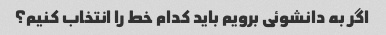
اگر به دانشوئی برویم باید کدام خط را انتخاب کنیم؟